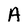
Character: A